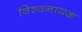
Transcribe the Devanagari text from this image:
विश्वनायक